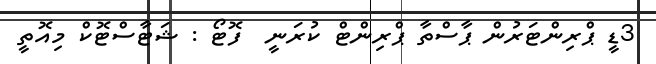
3ޑީ ޕްރިންޓަރުން ޕާސްތާ ޕްރިންޓް ކުރަނީ  ފޮޓޯ : ޝަޓާސްޓޮކް މިއޮތީ